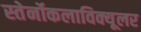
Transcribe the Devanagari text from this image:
स्तेर्नोकलाविक्यूलर